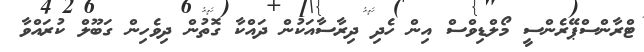
ޓްރާންސްޕޭރެންސީ މޯލްޑިވްސް އިން ހެދި ދިރާސާއަކުން ދައްކާ ގޮތުން ދިވެހިން ގަބޫލް ކުރައްވާ